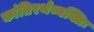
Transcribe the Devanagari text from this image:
कांतिरर्थव्यक्तिः